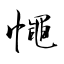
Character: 憴